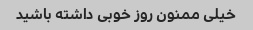
خیلی ممنون روز خوبی داشته باشید